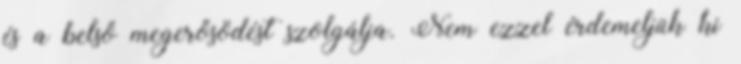
és a belső megerősödést szolgálja. Nem ezzel érdemeljük ki